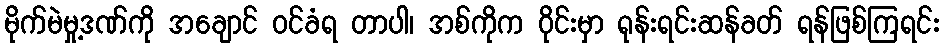
မိုက်မဲမှု့ဒဏ်ကို အချောင် ဝင်ခံရ တာပါ၊ အစ်ကိုက ဝိုင်းမှာ ရုန်းရင်းဆန်ခတ် ရန်ဖြစ်ကြရင်း